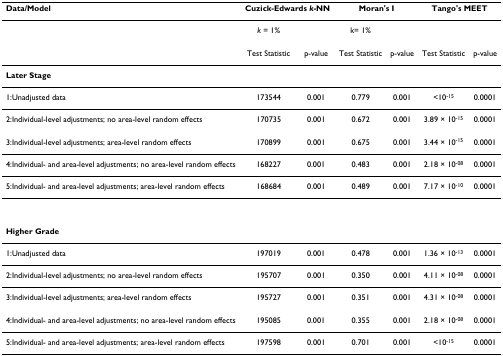
<table><thead><tr><td><b>Data/Model</b></td><td colspan="2"><b>Cuzick-Edwards <i>k</i>-NN</b></td><td colspan="2"><b>Moran&#x27;s I</b></td><td colspan="2"><b>Tango&#x27;s MEET</b></td></tr></thead><tbody><tr><td></td><td><i>k </i>= 1%</td><td></td><td>k= 1%</td><td></td><td></td><td></td></tr><tr><td></td><td>Test Statistic</td><td>p-value</td><td>Test Statistic</td><td>p-value</td><td>Test Statistic</td><td>p-value</td></tr><tr><td><b>Later Stage</b></td><td></td><td></td><td></td><td></td><td></td><td></td></tr><tr><td>1:Unadjusted data</td><td>173544</td><td>0.001</td><td>0.779</td><td>0.001</td><td>&lt;10<sup>-15</sup></td><td>0.0001</td></tr><tr><td>2:Individual-level adjustments; no area-level random effects</td><td>170735</td><td>0.001</td><td>0.672</td><td>0.001</td><td>3.89 × 10<sup>-15</sup></td><td>0.0001</td></tr><tr><td>3:Individual-level adjustments; area-level random effects</td><td>170899</td><td>0.001</td><td>0.675</td><td>0.001</td><td>3.44 × 10<sup>-15</sup></td><td>0.0001</td></tr><tr><td>4:Individual- and area-level adjustments; no area-level random effects</td><td>168227</td><td>0.001</td><td>0.483</td><td>0.001</td><td>2.18 × 10<sup>-08</sup></td><td>0.0001</td></tr><tr><td>5:Individual- and area-level adjustments; area-level random effects</td><td>168684</td><td>0.001</td><td>0.489</td><td>0.001</td><td>7.17 × 10<sup>-10</sup></td><td>0.0001</td></tr><tr><td><b>Higher Grade</b></td><td></td><td></td><td></td><td></td><td></td><td></td></tr><tr><td>1:Unadjusted data</td><td>197019</td><td>0.001</td><td>0.478</td><td>0.001</td><td>1.36 × 10<sup>-13</sup></td><td>0.0001</td></tr><tr><td>2:Individual-level adjustments; no area-level random effects</td><td>195707</td><td>0.001</td><td>0.350</td><td>0.001</td><td>4.11 × 10<sup>-08</sup></td><td>0.0001</td></tr><tr><td>3:Individual-level adjustments; area-level random effects</td><td>195727</td><td>0.001</td><td>0.351</td><td>0.001</td><td>4.31 × 10<sup>-08</sup></td><td>0.0001</td></tr><tr><td>4:Individual- and area-level adjustments; no area-level random effects</td><td>195085</td><td>0.001</td><td>0.355</td><td>0.001</td><td>2.18 × 10<sup>-08</sup></td><td>0.0001</td></tr><tr><td>5:Individual- and area-level adjustments; area-level random effects</td><td>197598</td><td>0.001</td><td>0.701</td><td>0.001</td><td>&lt;10<sup>-15</sup></td><td>0.0001</td></tr></tbody></table>